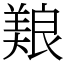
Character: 𫝥